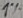
Text: 1%